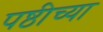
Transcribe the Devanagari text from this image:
पष्ठीच्या